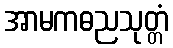
အာမကဓညသုတ္တံ